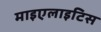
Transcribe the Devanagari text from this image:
माइएलाइटिस